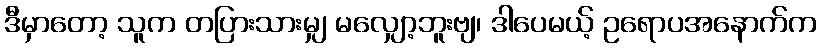
ဒီမှာတော့ သူက တပြားသားမျှ မလျှော့ဘူးဗျ၊ ဒါပေမယ့် ဥရောပအနောက်က